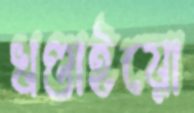
খণ্ডাইয়ো